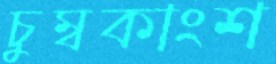
চুম্বকাংশ